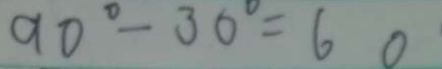
9 0 ^ { \circ } - 3 0 ^ { \circ } = 6 0